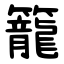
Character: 籠